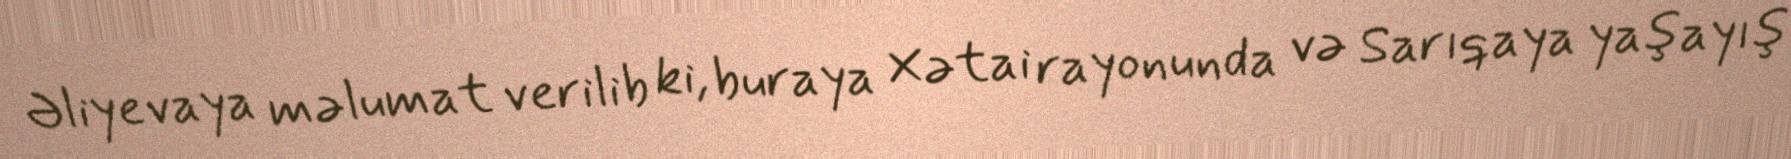
Əliyevaya məlumat verilib ki, buraya Xətai rayonunda və Sarıqaya yaşayış